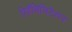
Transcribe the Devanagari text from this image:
रिहॅबिलिटेशन